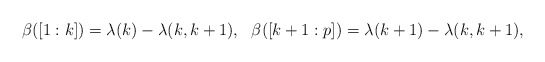
\begin{align*} \beta([1:k]) =\lambda(k)-\lambda(k,k+1),\ \ \beta([k+1:p]) = \lambda(k+1)-\lambda(k,k+1), \end{align*}